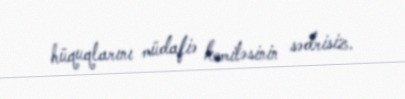
hüquqlarını müdafiə komitəsinin sədrisiz.